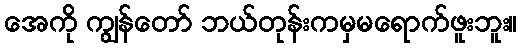
အေကို ကျွန်တော် ဘယ်တုန်းကမှမရောက်ဖူးဘူး။